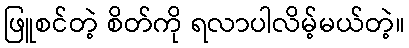
ဖြူစင်တဲ့ စိတ်ကို ရလာပါလိမ့်မယ်တဲ့။